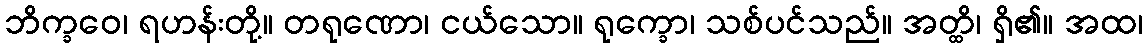
ဘိက္ခဝေ၊ ရဟန်းတို့။ တရုဏော၊ ငယ်သော။ ရုက္ခော၊ သစ်ပင်သည်။ အတ္ထိ၊ ရှိ၏။ အထ၊